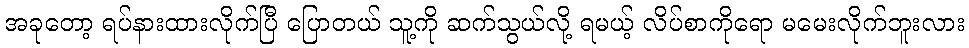
အခုတော့ ရပ်နားထားလိုက်ပြီ ပြောတယ် သူ့ကို ဆက်သွယ်လို့ ရမယ့် လိပ်စာကိုရော မမေးလိုက်ဘူးလား